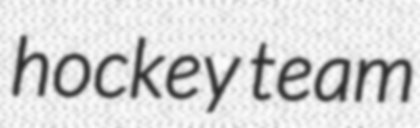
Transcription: hockey team